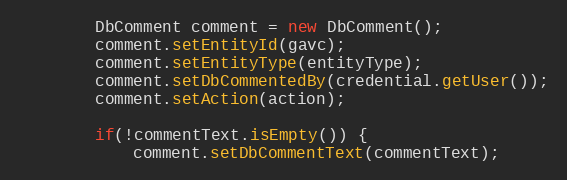
Language: Java
        DbComment comment = new DbComment();
        comment.setEntityId(gavc);
        comment.setEntityType(entityType);
        comment.setDbCommentedBy(credential.getUser());
        comment.setAction(action);

        if(!commentText.isEmpty()) {
            comment.setDbCommentText(commentText);